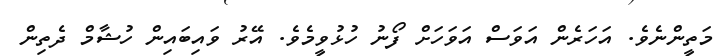
މަތީންނެވެ. އަހަރެން އަވަސް އަވަހަށް ފޯނު ހުޅުވީމެވެ. އޭރު ވައިބައިން ހުޝާމް ދެތިން